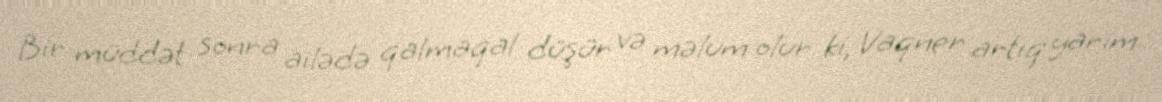
Bir müddət sonra ailədə qalmaqal düşür və məlum olur ki, Vaqner artıq yarım